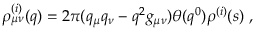
\rho _ { \mu \nu } ^ { ( i ) } ( q ) = 2 \pi ( q _ { \mu } q _ { \nu } - q ^ { 2 } g _ { \mu \nu } ) \theta ( q ^ { 0 } ) \rho ^ { ( i ) } ( s ) \; ,